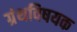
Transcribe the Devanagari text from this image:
ग्रंथविषयक